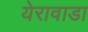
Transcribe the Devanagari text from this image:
येरावाडा